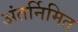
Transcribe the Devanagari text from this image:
अंतर्निमित